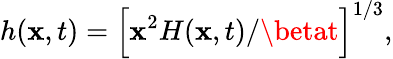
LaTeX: h(\mathbf{x},t)=\Big[\mathbf{x}^{2}H(\mathbf{x},t)/\betat\Big]^{1/3},